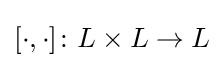
[\cdot ,\cdot ]\colon L\times L\rightarrow L